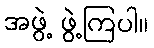
အဖွဲ့ ဖွဲ့ကြပါ။